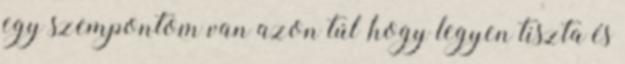
egy szempontom van azon túl ,hogy legyen tiszta és